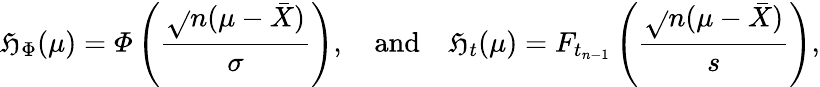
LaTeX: \mathfrak{H}_{\Phi}(\mu)={\mathit{{\Phi}}}\left({\frac{{{\sqrt{}{{n}}}(\mu-{\bar{{X}}})}}{{\sigma}}}\right),\quad{\mathrm{{and}}}\quad\mathfrak{H}_{t}(\mu)=F_{t_{n-1}}\left({\frac{{{\sqrt{}{{n}}}(\mu-{\bar{{X}}})}}{{s}}}\right),